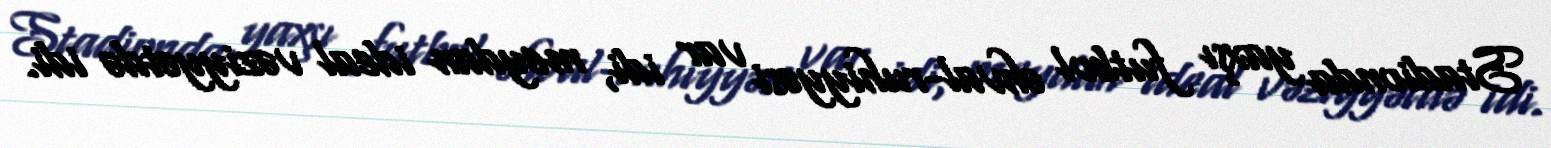
Stadionda yaxşı futbol əhval-ruhiyyəsi var idi, meydan ideal vəziyyətdə idi.